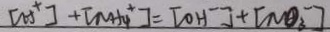
[ H ^ { + } ] + [ N H _ { 4 } ^ { + } ] = [ 0 H ^ { - } ] + [ N O _ { 3 } ^ { - } ]